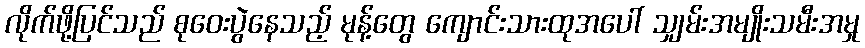
လိုက်ဖို့ပြင်သည် စုဝေးပွဲနေသည့် မုန့်တွေ ကျောင်းသားထုအပေါ် သျှမ်းအမျိုးသမီးအမှု